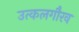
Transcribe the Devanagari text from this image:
उत्कलगौरव